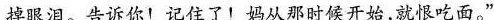
掉眼泪。告诉你!记住了!妈从那时候开始，就恨吃面。”